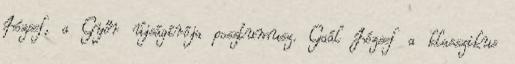
József, a Győr újságírója posztumusz. Gaál József a klasszikus